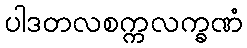
ပါဒတလစက္ကလက္ခဏံ